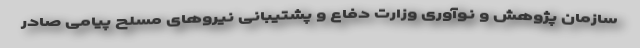
سازمان پژوهش و نوآوری وزارت دفاع و پشتیبانی نیروهای مسلح پیامی صادر